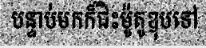
បន្ទាប់មកក៏ជិះម៉ូតូឌុបទៅ